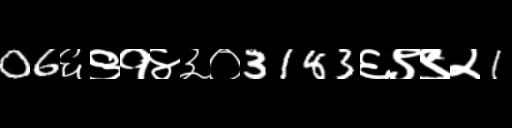
Text: 06६९१४३०3183६९९२1